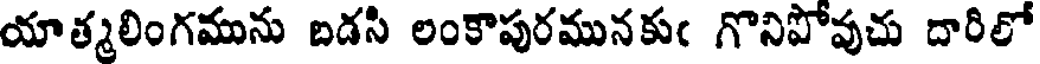
యాత్మలింగమును బడసి లంకాపురమునకుఁ గొనిపోవుచు దారిలో